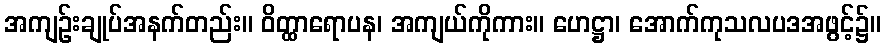
အကျဉ်းချုပ်အနက်တည်း။ ဝိတ္ထာရောပန၊ အကျယ်ကိုကား။ ဟေဋ္ဌာ၊ အောက်ကုသလပဒအဖွင့်၌။